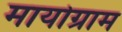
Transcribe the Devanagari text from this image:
मायोग्राम